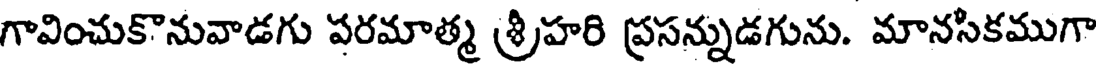
గావించుకొనువాడగు పరమాత్మ శ్రీహరి ప్రసన్నుడగును. మానసికముగా